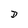
Character: D